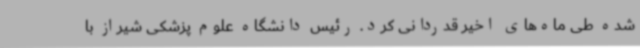
شده طی ماه‌های اخیر قدردانی کرد. رئیس دانشگاه علوم پزشکی شیراز با